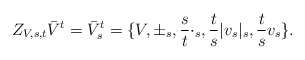
\begin{align*}Z_{V,s,t}\bar{V}^{t}= \bar{V}^{t}_{s}=\{V,\pm_{s}, \frac{s}{t}\cdot_{s},\frac{t}{s}|v_{s}|_{s},\frac{t}{s}v_{s}\}.\end{align*}